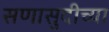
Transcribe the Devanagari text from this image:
सणासुदीच्या